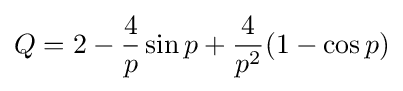
Q=2-{\frac {4}{p}}\sin p+{\frac {4}{p^{2}}}(1-\cos p)